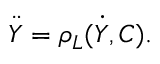
\ddot { Y } = \rho _ { L } ( \dot { Y } , C ) .